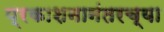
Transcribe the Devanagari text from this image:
प्रकाशनानंतरच्या